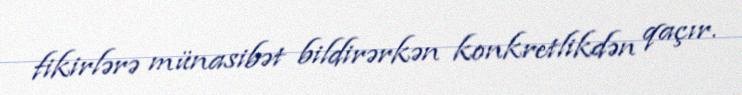
fikirlərə münasibət bildirərkən konkretlikdən qaçır.